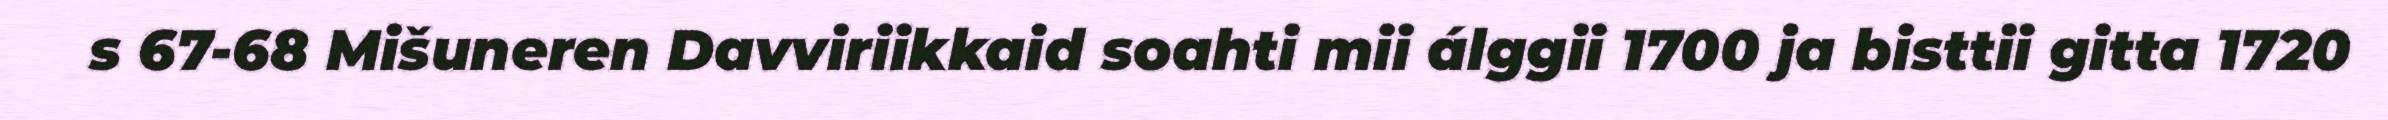
s 67-68 Mišuneren Davviriikkaid soahti mii álggii 1700 ja bisttii gitta 1720